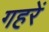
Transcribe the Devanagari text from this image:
गहरें